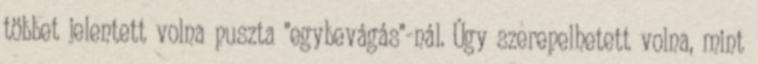
többet jelentett volna puszta "egybevágás"-nál. Úgy szerepelhetett volna, mint